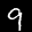
Label: 9